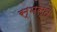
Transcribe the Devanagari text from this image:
स्मस्त